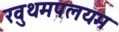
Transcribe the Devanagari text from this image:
रवुथमपलयम